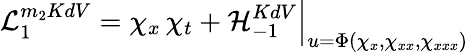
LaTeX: {\cal L}_{1}^{m_{2}KdV}=\chi_{x}\, \chi_{t}+{\cal H}_{-1}^{KdV}\Big|_{u=\Phi(\chi_{x},\chi_{xx},\chi_{xxx})}